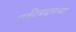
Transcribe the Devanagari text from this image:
चुकीबद्दलच्या